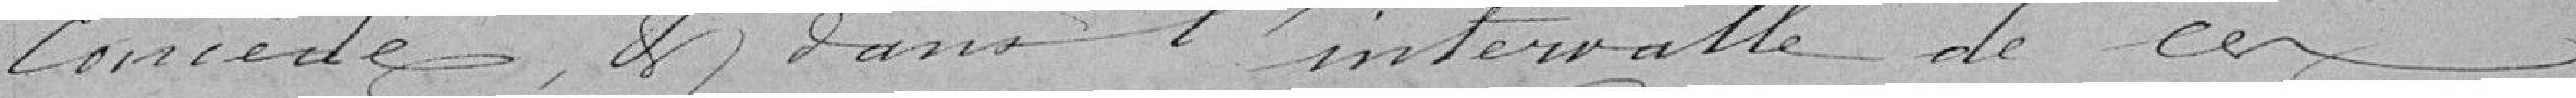
concédé et dans l'intervalle de ces